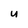
Character: U